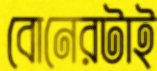
বোনেরটাই